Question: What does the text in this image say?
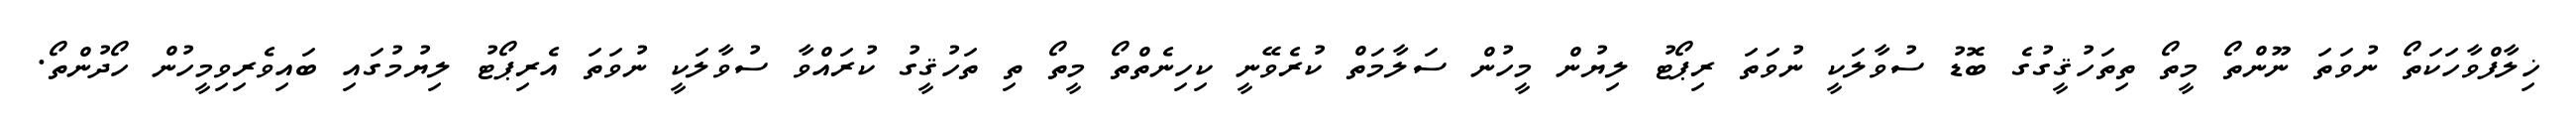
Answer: ޚިލާފްވާހަކަތޯ ނުވަތަ ނޫންތޯ މީތޯ ތިތަހުޤީގުގެ ބޮޑު ސުވާލަކީ ނުވަތަ ރިޕޯޓު ލިޔުން މީހުން ސަލާމަތް ކުރެވޭނީ ކިހިނެތްތޯ މީތޯ ތި ތަހުޤީގު ކުރައްވާ ސުވާލަކީ ނުވަތަ އެރިޕޯޓު ލިޔުމުގައި ބައިވެރިވިމީހުން ހޯދުންތޯ.